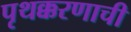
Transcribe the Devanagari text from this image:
पृथक्करणाची